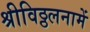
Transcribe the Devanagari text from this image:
श्रीविठ्ठलनामें